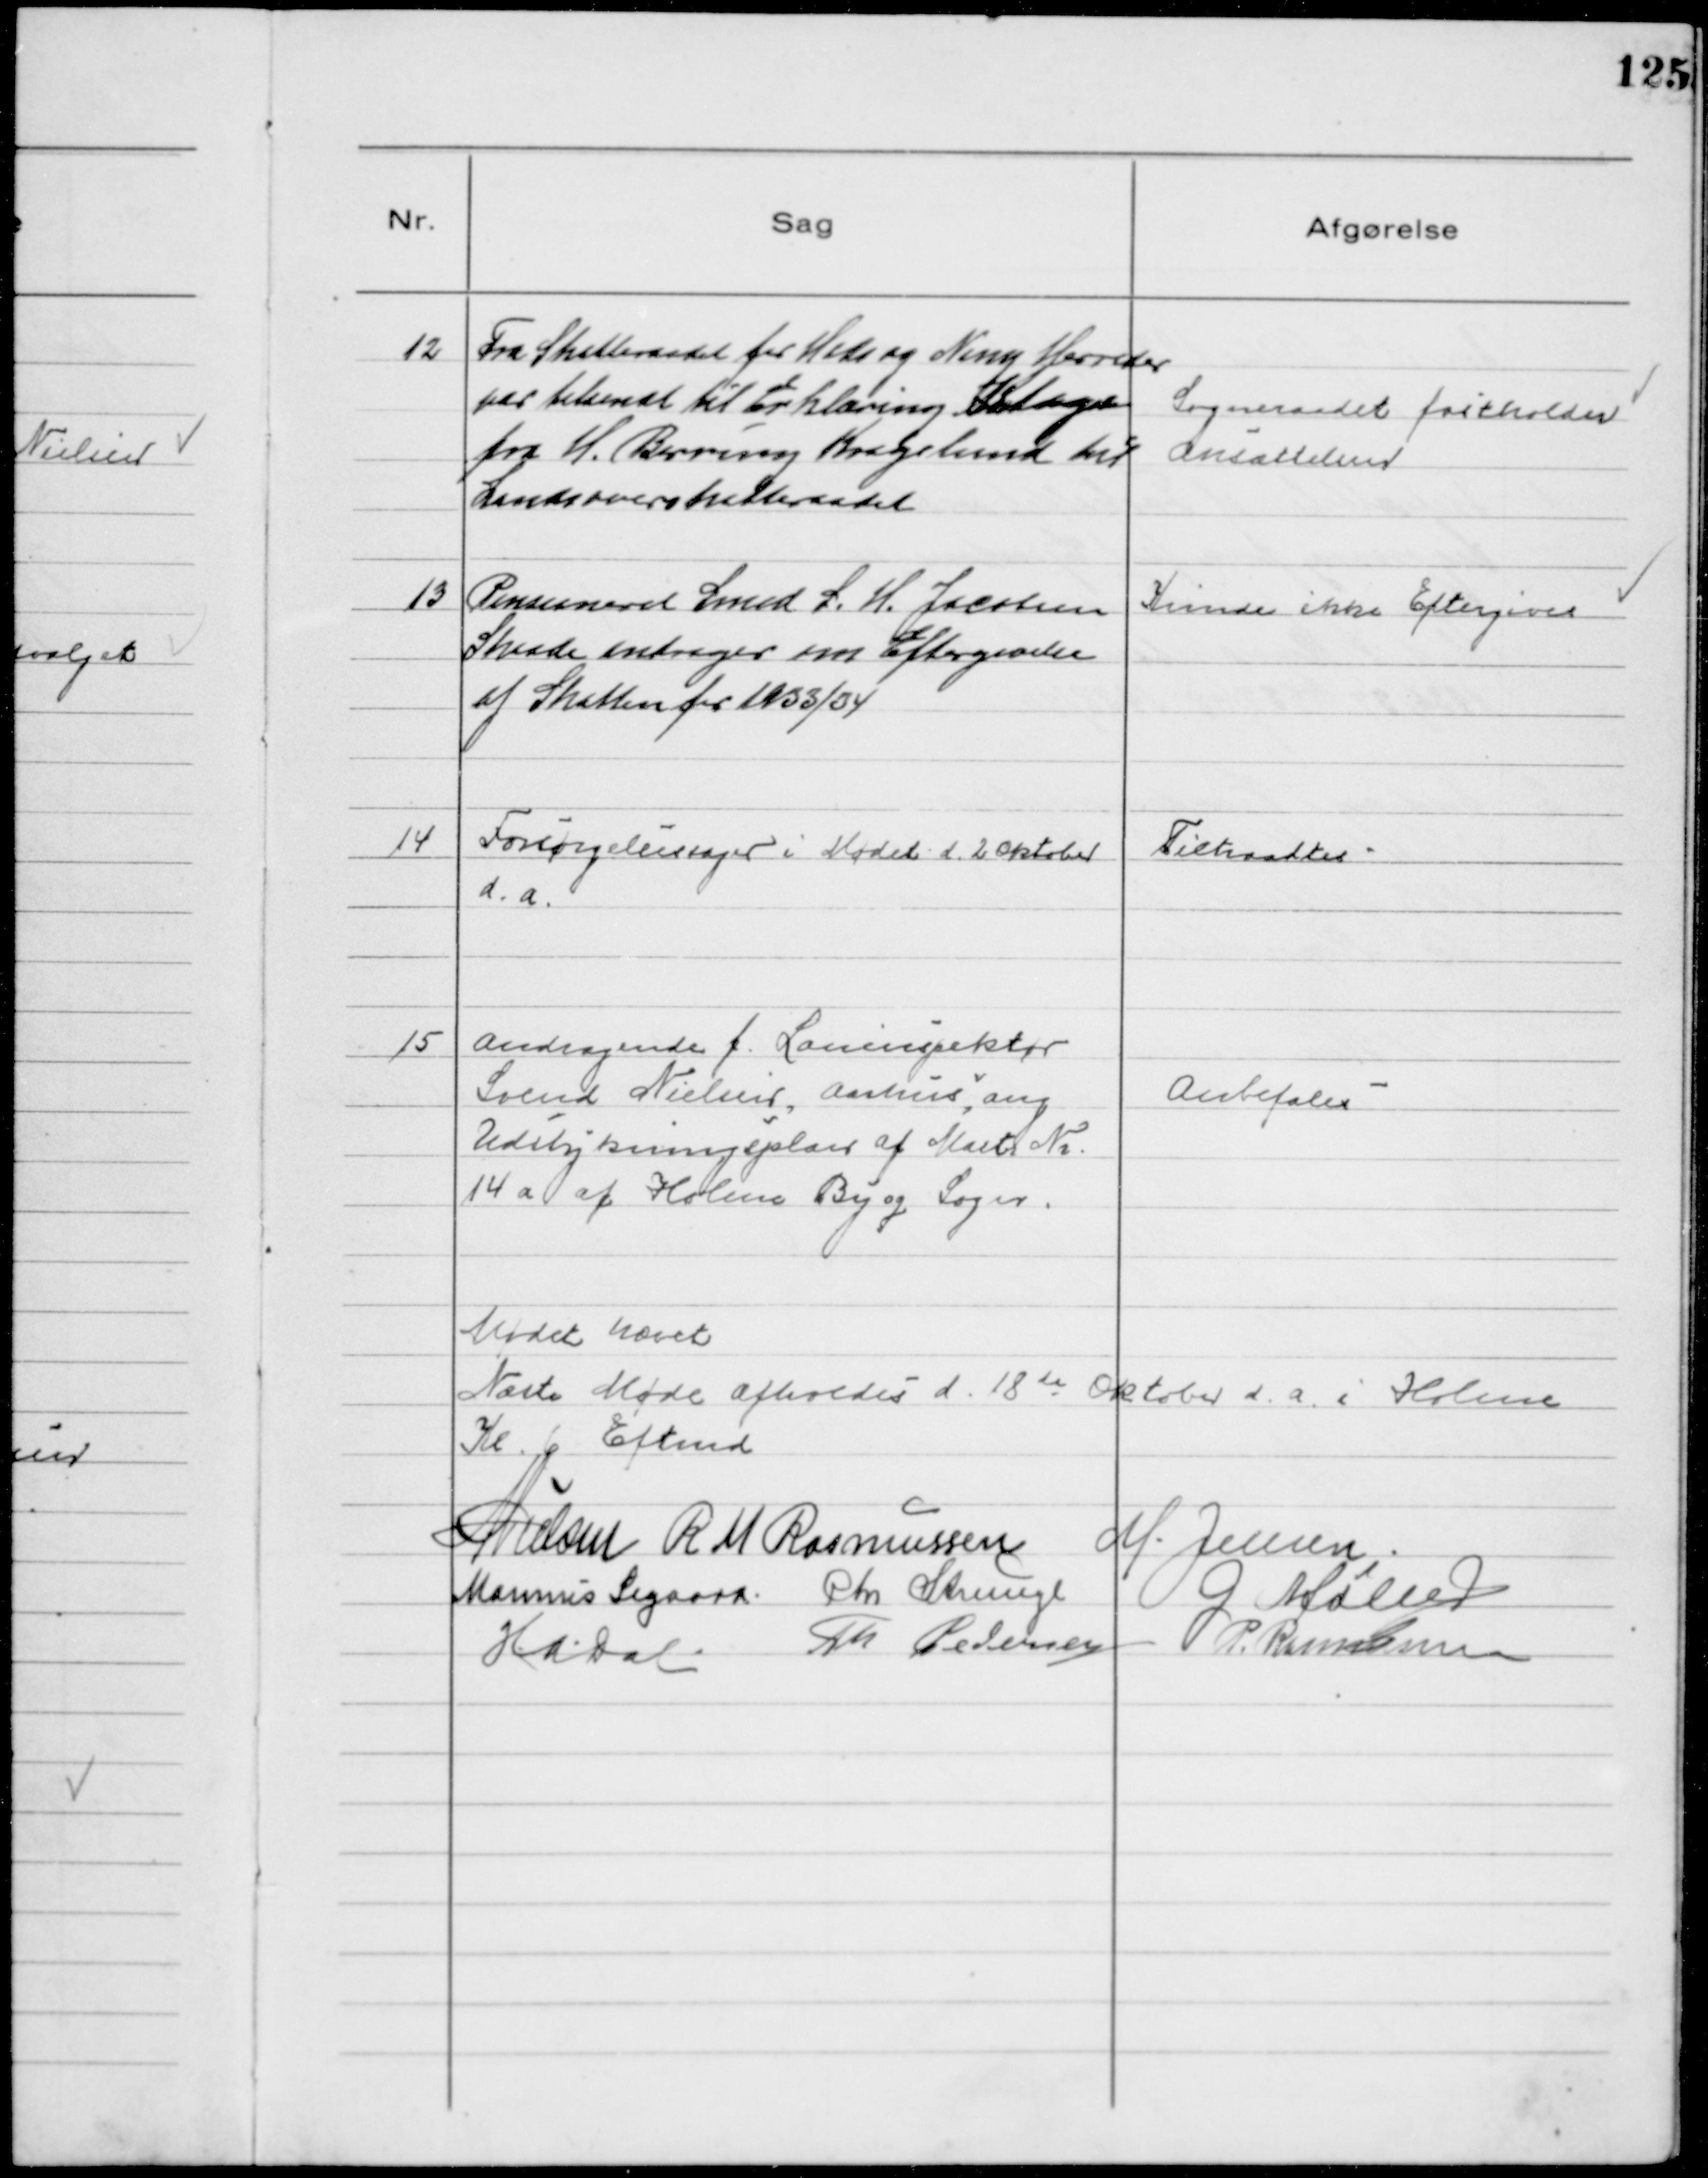
Transskription:
12
Fra Skatteraadet for Hads og Ning Herreder
var tilsendt til Erklæring Klage
fra H. Berring Kragelund til
Landsoverskatteraadet
Sogneraadet fastholder
Ansættelsen

13
Pensioneret Smed L. H. Jacobsen
Skaade andrager om Eftergivelse
af Skatten for 1933/34

Kunde ikke Eftergives

14
Forsørgelsessager i Mødet d. 2 Oktober
d. a.

Tiltraadtes

15
Andragende f. Laninspektør
Svend Nielsen, Aarhus, ang.
Udstykningsplan af Matr №
14 a af Holme By og Sogn.

Anbefales

Mødet hævet
Næste Møde afholdes d. 18 de Oktober d. a. i Holme
Kl. 6 Eftmd
M Nielsen R M Rasmussen M. Jensen.
Marinus Sigaard Chr Strunge G Møller
H.A. Dal Th Pedersen P. Rasmussen